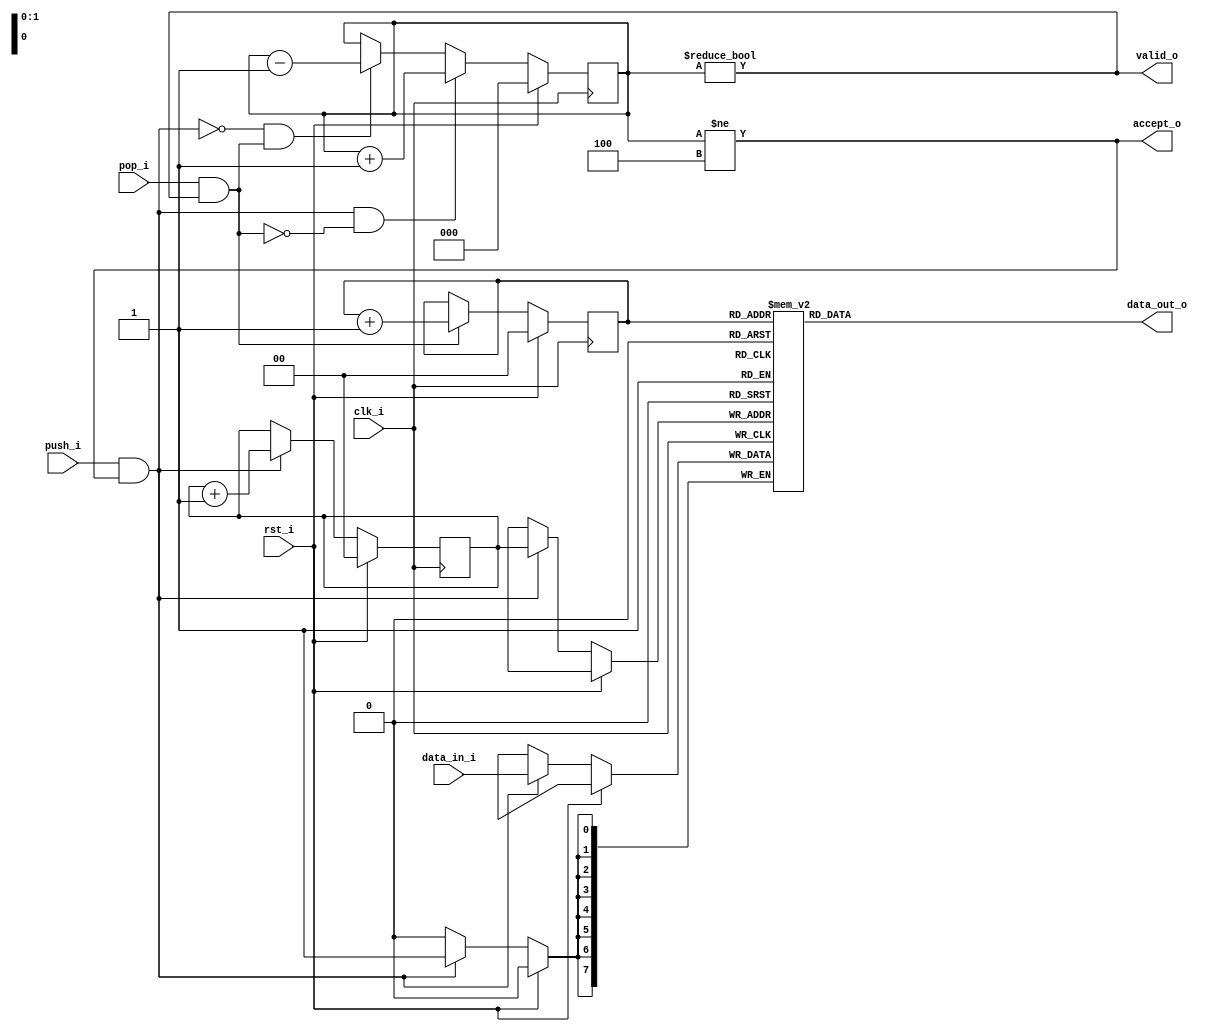
// This program was cloned from: https://github.com/ultraembedded/openlogicbit
// License: Apache License 2.0

//-----------------------------------------------------------------
//                         open-logic-bit
//                            V0.1
//                        Copyright 2021
//              github.com/ultraembedded/openlogicbit
//
//                   admin@ultra-embedded.com
//
//                     License: Apache 2.0
//-----------------------------------------------------------------
// Copyright 2021 Ultra-Embedded.com
// 
// Licensed under the Apache License, Version 2.0 (the "License");
// you may not use this file except in compliance with the License.
// You may obtain a copy of the License at
// 
//     http://www.apache.org/licenses/LICENSE-2.0
// 
// Unless required by applicable law or agreed to in writing, software
// distributed under the License is distributed on an "AS IS" BASIS,
// WITHOUT WARRANTIES OR CONDITIONS OF ANY KIND, either express or implied.
// See the License for the specific language governing permissions and
// limitations under the License.
//-----------------------------------------------------------------
module logic_capture_mem_track_fifo
//-----------------------------------------------------------------
// Params
//-----------------------------------------------------------------
#(
    parameter WIDTH   = 8,
    parameter DEPTH   = 4,
    parameter ADDR_W  = 2
)
//-----------------------------------------------------------------
// Ports
//-----------------------------------------------------------------
(
    // Inputs
     input               clk_i
    ,input               rst_i
    ,input  [WIDTH-1:0]  data_in_i
    ,input               push_i
    ,input               pop_i

    // Outputs
    ,output [WIDTH-1:0]  data_out_o
    ,output              accept_o
    ,output              valid_o
);

//-----------------------------------------------------------------
// Local Params
//-----------------------------------------------------------------
localparam COUNT_W = ADDR_W + 1;

//-----------------------------------------------------------------
// Registers
//-----------------------------------------------------------------
reg [WIDTH-1:0]   ram_q[DEPTH-1:0];
reg [ADDR_W-1:0]  rd_ptr_q;
reg [ADDR_W-1:0]  wr_ptr_q;
reg [COUNT_W-1:0] count_q;

//-----------------------------------------------------------------
// Sequential
//-----------------------------------------------------------------
always @ (posedge clk_i )
if (rst_i)
begin
    count_q   <= {(COUNT_W) {1'b0}};
    rd_ptr_q  <= {(ADDR_W) {1'b0}};
    wr_ptr_q  <= {(ADDR_W) {1'b0}};
end
else
begin
    // Push
    if (push_i & accept_o)
    begin
        ram_q[wr_ptr_q] <= data_in_i;
        wr_ptr_q        <= wr_ptr_q + 1;
    end

    // Pop
    if (pop_i & valid_o)
        rd_ptr_q      <= rd_ptr_q + 1;

    // Count up
    if ((push_i & accept_o) & ~(pop_i & valid_o))
        count_q <= count_q + 1;
    // Count down
    else if (~(push_i & accept_o) & (pop_i & valid_o))
        count_q <= count_q - 1;
end

//-------------------------------------------------------------------
// Combinatorial
//-------------------------------------------------------------------
/* verilator lint_off WIDTH */
assign valid_o       = (count_q != 0);
assign accept_o      = (count_q != DEPTH);
/* verilator lint_on WIDTH */

assign data_out_o    = ram_q[rd_ptr_q];

endmodule